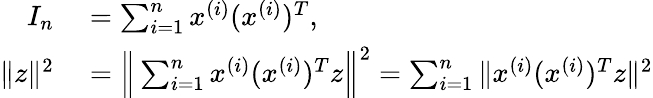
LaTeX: \begin{array}{rl}{I_{n}}&{{}=\sum_{i=1}^{n}x^{(i)}(x^{(i)})^{T},}\\ {\| z\| ^{2}}&{{}=\Big\| \sum_{i=1}^{n}x^{(i)}(x^{(i)})^{T}z\Big\| ^{2}=\sum_{i=1}^{n}\| x^{(i)}(x^{(i)})^{T}z\| ^{2}}\end{array}